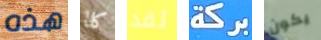
هذه كلا لقد بركة يكون